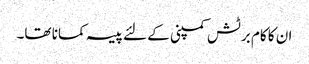
ان کا کام برٹش کمپنی کے لئے پیسہ کمانا تھا۔